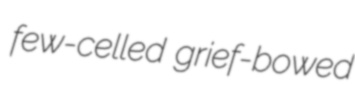
few-celled grief-bowed